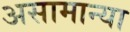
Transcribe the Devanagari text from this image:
असामान्या